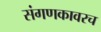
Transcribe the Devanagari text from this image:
संगणकावरच